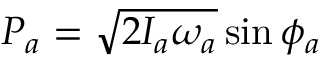
P _ { a } = \sqrt { 2 I _ { a } \omega _ { a } } \sin \phi _ { a }